Civil Veterinary Department. United Provinces 1923-31 - 1923-1931
Year: 1923
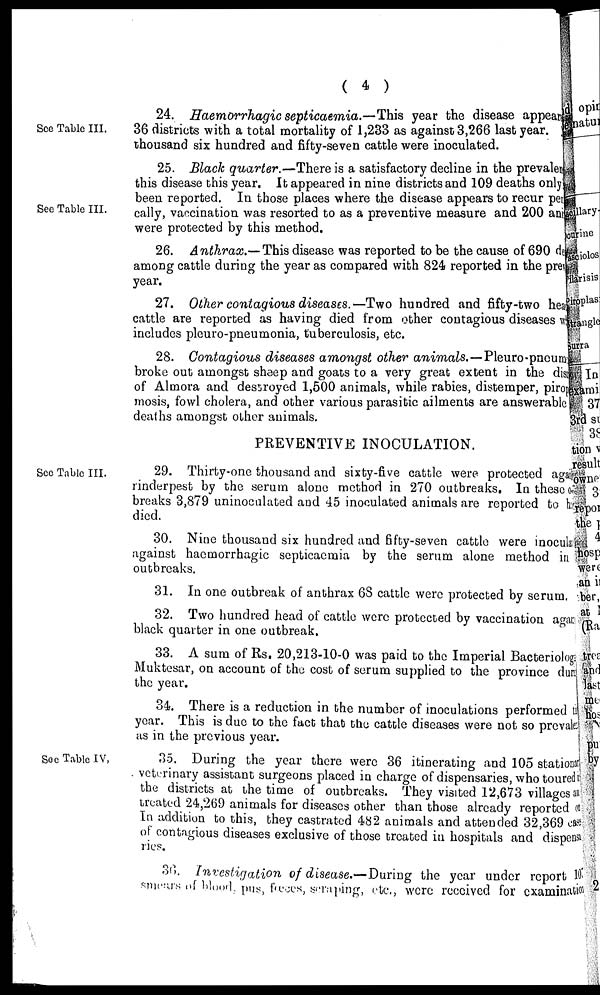
( 4 )
See Table III.
24. Haemorrhagic septicaemia.—This year the disease appear
36 districts with a total mortality of 1,233 as against 3,266 last year.
thousand six hundred and fifty-seven cattle were inoculated.
See Table III.
25. Black quarter.—There is a satisfactory decline in the prevalen
this disease this year. It appeared in nine districts and 109 deaths only
been reported. In those places where the disease appears to recur per
cally, vaccination was resorted to as a preventive measure and 200 ant
were protected by this method.
26. Anthrax.— This disease was reported to be the cause of 690 de
among cattle during the year as compared with 824 reported in the prei
year.
27. Other contagious diseases.— Two hundred and fifty-two hea
cattle are reported as having died from other contagious diseases w
includes pleuro-pneumonia, tuberculosis, etc.
28. Contagious diseases amongst other animals.—Pleuro-pneum
broke out amongst sheep and goats to a very great extent in the dist
of Almora and destroyed 1,500 animals, while rabies, distemper, pirop
mosis, fowl cholera, and other various parasitic ailments are answerable
deaths amongst other animals.
PREVENTIVE INOCULATION.
See Table III.
29. Thirty-one thousand and sixty-five cattle were protected aga
rinderpest by the serum alone method in 270 outbreaks. In these of
breaks 3,879 uninocalated and 45 inoculated animals are reported to he
died.
30. Nine thousand six hundred and fifty-seven cattle were inocul
against haemorrhagic septicaemia by the serum alone method in
outbreaks.
31. In one outbreak of anthrax 6S cattle were protected by serum.
32. Two hundred head of cattle were protected by vaccination agan
black quarter in one outbreak.
33. A sum of Rs. 20,213-10-0 was paid to the Imperial Bacteriologis
Muktesar, on account of the cost of serum supplied to the province dun
the year.
34. There is a reduction in the number of inoculations performed t
year. This is due to the fact that the cattle diseases were not so prevale
as in the previous year.
See Table IV,
35. During the year there were 36 itinerating and 105 stations
veterinary assistant surgeons placed in charge of dispensaries, who toured
the districts at the time of outbreaks. They visited 12,673 villages an
treated 24,269 animals for diseases other than those already reported of
In addition to this, they castrated 482 animals and attended 32,369 case
of contagious diseases exclusive of those treated in hospitals and dispensa
ries.
36.. Investigation of disease.—During the year under report 10
smears of blood,pus,frees,seraping,etc., were received for examinatic